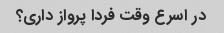
در اسرع وقت فردا پرواز داری؟